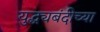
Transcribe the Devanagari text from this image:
युद्ध्यबंदीच्या